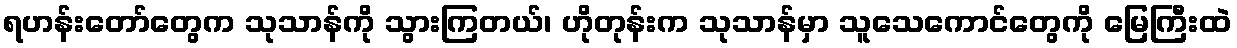
ရဟန်းတော်တွေက သုသာန်ကို သွားကြတယ်၊ ဟိုတုန်းက သုသာန်မှာ သူသေကောင်တွေကို မြေကြီးထဲ